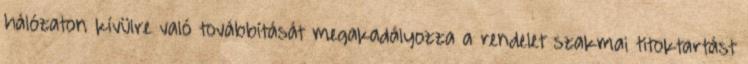
hálózaton kívülre való továbbítását megakadályozza a rendelet szakmai titoktartást